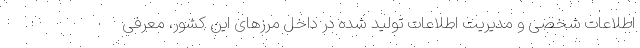
اطلاعات شخصی و مدیریت اطلاعات تولید شده در داخل مرزهای این کشور، معرفی